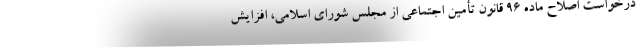
درخواست اصلاح ماده 96 قانون تأمین اجتماعی از مجلس شورای اسلامی، افزایش